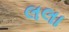
લલા